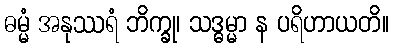
ဓမ္မံ အနုဿရံ ဘိက္ခု၊ သဒ္ဓမ္မာ န ပရိဟာယတိ။